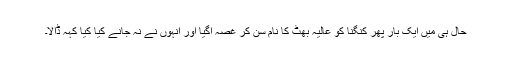
حال ہی میں ایک بار پھر کنگنا کو عالیہ بھٹ کا نام سن کر غصہ آگیا اور انہوں نے نہ جانے کیا کیا کہہ ڈالا۔